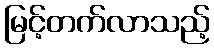
မြင့်တက်လာသည့်